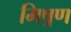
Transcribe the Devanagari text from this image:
मिष्रण